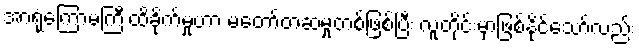
အာရုံကြောမကြီးထိခိုက်မှုဟာ မတော်တဆမှုတစ်ဖြစ်ပြီး လူတိုင်းမှာဖြစ်နိုင်သော်လည်း